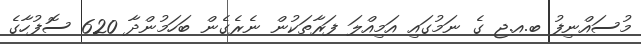
މުސައްނިފު ބ.އ.ޖ ގެ ނަމުގައި އަމިއްލަ ފަރާތަކުން ނެރެގެން ބަހަމުންދާ 620 ސޮފުހާގެ